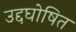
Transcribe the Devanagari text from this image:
उद्दघोषित